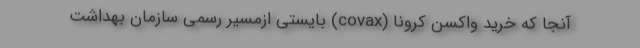
آنجا که خرید واکسن کرونا (covax) بایستی ازمسیر رسمی سازمان بهداشت